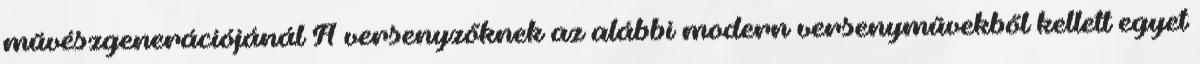
művészgenerációjánál A versenyzőknek az alábbi modern versenyművekből kellett egyet